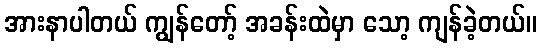
အားနာပါတယ် ကျွန်တော့် အခန်းထဲမှာ သော့ ကျန်ခဲ့တယ်။